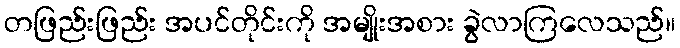
တဖြည်းဖြည်း အပင်တိုင်းကို အမျိုးအစား ခွဲလာကြလေသည်။